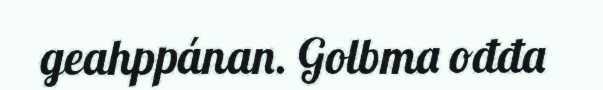
geahppánan. Golbma ođđa